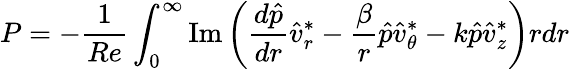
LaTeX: P=-\frac{1}{Re}\int_{0}^{\infty}\operatorname{Im}\left(\frac{d\hat{p}}{dr}\hat{v}_{r}^{*}-\frac{\beta}{r}\hat{p}\hat{v}_{\theta}^{*}-k\hat{p}\hat{v}_{z}^{*}\right)rdr